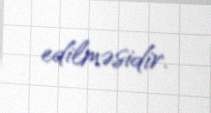
edilməsidir.